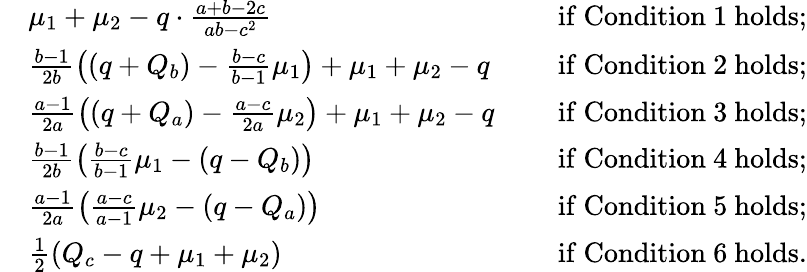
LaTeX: \begin{array}{rlrl}&{\mu_{1}+\mu_{2}-q\cdot\frac{a+b-2c}{ab-c^{2}}\ }&&{\mathrm{if~Condition~1~holds};}\\ &{\frac{b-1}{2b}\left((q+Q_{b})-\frac{b-c}{b-1}\mu_{1}\right)+\mu_{1}+\mu_{2}-q\ }&&{\mathrm{if~Condition~2~holds};}\\ &{\frac{a-1}{2a}\left((q+Q_{a})-\frac{a-c}{2a}\mu_{2}\right)+\mu_{1}+\mu_{2}-q\ }&&{\mathrm{if~Condition~3~holds};}\\ &{\frac{b-1}{2b}\left(\frac{b-c}{b-1}\mu_{1}-(q-Q_{b})\right)\ }&&{\mathrm{if~Condition~4~holds};}\\ &{\frac{a-1}{2a}\left(\frac{a-c}{a-1}\mu_{2}-(q-Q_{a})\right)\ }&&{\mathrm{if~Condition~5~holds};}\\ &{\frac{1}{2}(Q_{c}-q+\mu_{1}+\mu_{2})\ }&&{\mathrm{if~Condition~6~holds}.}\end{array}